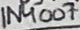
Text: 1N4007